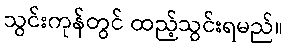
သွင်းကုန်တွင် ထည့်သွင်းရမည်။